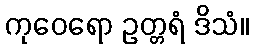
ကုဝေရော ဥတ္တရံ ဒိသံ။